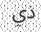
ذي